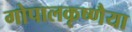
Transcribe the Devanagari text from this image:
गोपालकृष्णैया